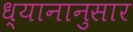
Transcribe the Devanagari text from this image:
ध्यानानुसार